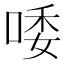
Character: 唩